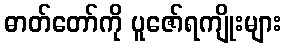
ဓာတ်တော်ကို ပူဇော်ရကျိုးများ